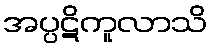
အပ္ပဋိကူလာသိ